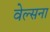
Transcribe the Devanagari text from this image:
वेल्सना